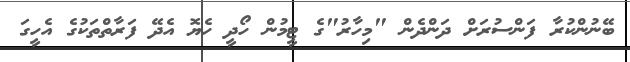
ބޭނުންކުރާ ފަންސުރަށް ދަންދެން "މިހާރު"ގެ ޓީމުން ހޯދީ ހެޔޮ އެދޭ ފަރާތްތަކުގެ އެހީގަ